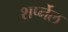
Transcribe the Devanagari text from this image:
शर्प्नेल